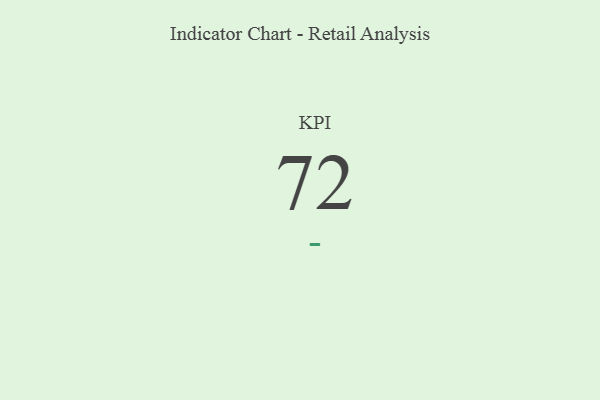
{"axis": {"x": "KPI", "y": "Value"}, "legend": [""], "data": [{"x": "KPI", "y": 72, "type": ""}]}